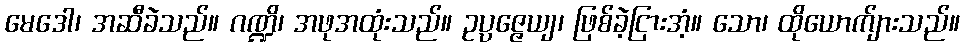
မေဒေါ၊ အဆီခဲသည်။ ဂဏ္ဍိ၊ အဖုအထုံးသည်။ ဥပ္ပဇ္ဇေယျ၊ ဖြစ်ခဲ့ငြားအံ့။ သော၊ ထိုယောက်ျားသည်။